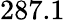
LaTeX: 287.1